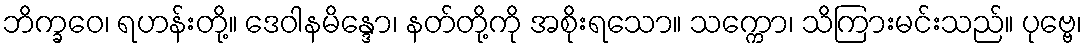
ဘိက္ခဝေ၊ ရဟန်းတို့။ ဒေဝါနမိန္ဒော၊ နတ်တို့ကို အစိုးရသော။ သက္ကော၊ သိကြားမင်းသည်။ ပုဗ္ဗေ၊